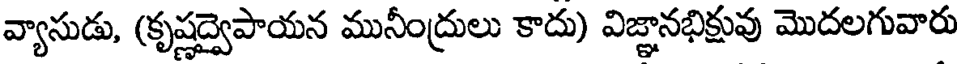
వ్యాసుడు, (కృష్ణద్వైపాయన మునీంద్రులు కాదు) విజ్ఞానభిక్షువు మొదలగువారు